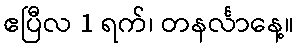
ဧပြီလ 1 ရက်၊ တနင်္လာနေ့။